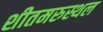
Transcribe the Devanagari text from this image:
शीतमरुस्थल